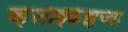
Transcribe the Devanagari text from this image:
व्हेलाझ्केझच्या